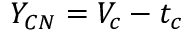
Y _ { C N } = V _ { c } - t _ { c }